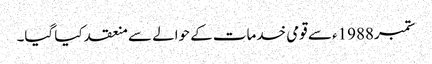
ستمبر1988ء سے قومی خدمات کے حوالے سے منعقد کیا گیا۔